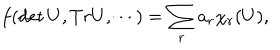
LaTeX: f ( \det U , T r U , \cdots ) = \sum _ { r } a _ { r } \chi _ { r } ( U ) ,